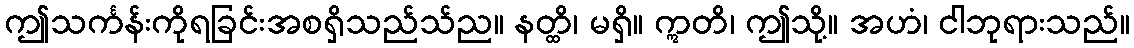
ဤသင်္ကန်းကိုရခြင်းအစရှိသည်သ်ည။ နတ္ထိ၊ မရှိ။ ဣတိ၊ ဤသို့။ အဟံ၊ ငါဘုရားသည်။